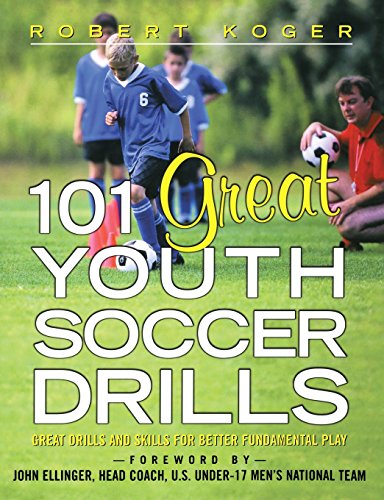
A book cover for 101 Great Youth Soccer Drills: Skills and Drills for Better Fundamental Play; Robert Koger; Sports & Outdoors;